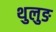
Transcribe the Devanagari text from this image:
थुलुङ